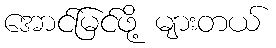
အောင်မြင်ဖို့ များတယ်